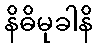
နိဓိမုခါနိ